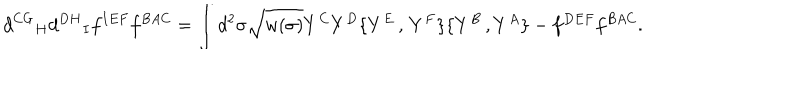
LaTeX: { d ^ { C G } } _ { H } { d ^ { D H } } _ { I } f ^ { I E F } f ^ { B A C } = \int d ^ { 2 } \sigma \sqrt { w ( \sigma ) } Y ^ { C } Y ^ { D } \{ Y ^ { E } \, , \, Y ^ { F } \} \{ Y ^ { B } \, , Y ^ { A } \} { } - f ^ { D E F } f ^ { B A C } .